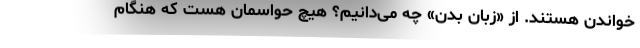
خواندن هستند. از «زبان بدن» چه می‌دانیم؟ هیچ حواسمان هست که هنگام